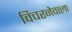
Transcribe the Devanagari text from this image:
विचरनेवाला